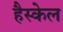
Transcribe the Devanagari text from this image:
हैस्केल